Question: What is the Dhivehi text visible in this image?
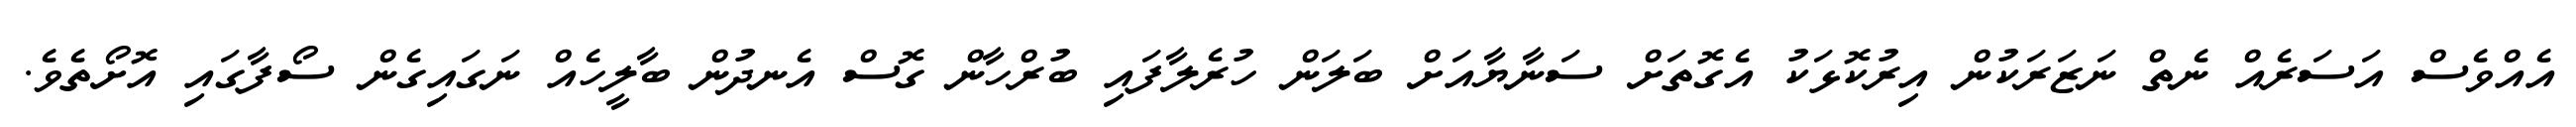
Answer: އެއްވެސް އަސަރެއް ނެތް ނަޒަރަކުން އިރުކޮޅަކު އެގޮތަށް ސަނާޔާއަށް ބަލަން ހުރެލާފައި ބުރްހާން ގޮސް އެނދުން ބާލީހެއް ނަގައިގެން ސޯފާގައި އޮށޯތެވެ.